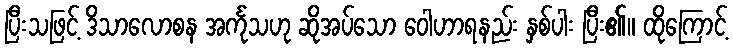
ပြီးသဖြင့် ဒိသာလောစန အင်္ကုသဟု ဆိုအပ်သော ဝေါဟာရနည်း နှစ်ပါး ပြီး၏။ ထိုကြောင့်